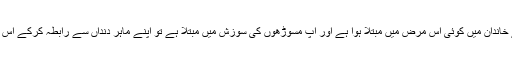
پروفیسر مائڈن کہتے ہیں کہ اگر آپ کے خاندان میں کوئی اس مرض میں مبتلا ہوا ہے اور آپ مسوڑھوں کی سوزش میں مبتلا ہے تو اپنے ماہرِ دنداں سے رابطہ کرکے اس مرض کو ختم کرنے کی کوشش کیجئے۔